Annual statistical returns and brief notes on vaccination in Bengal - 1896-1909
Year: 1896
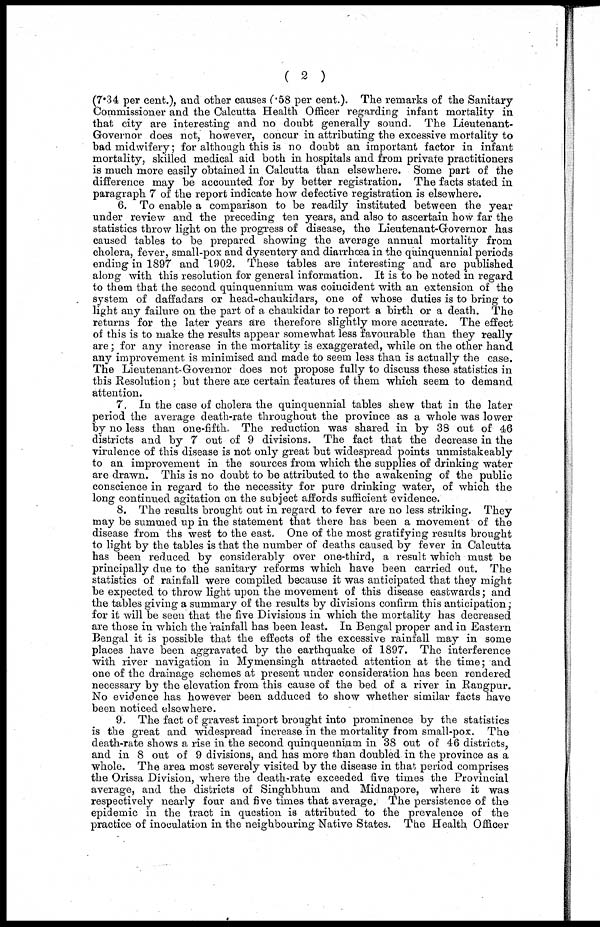
( 2 )
(7.34 per cent.), and other causes (.58 per cent.). The remarks of the Sanitary
Commissioner and the Calcutta Health Officer regarding infant mortality in
that city are interesting and no doubt generally sound. The Lieutenant-
Governor does not, however, concur in attributing the excessive mortality to
bad midwifery; for although this is no doubt an important factor in infant
mortality, skilled medical aid both in hospitals and from private practitioners
is much more easily obtained in Calcutta than elsewhere. Some part of the
difference may be accounted for by better registration. The facts stated in
paragraph 7 of the report indicate how defective registration is elsewhere.
6. To enable a comparison to be readily instituted between the year
under review and the preceding ten years, and also to ascertain how far the
statistics throw light on the progress of disease, the Lieutenant-Governor has
caused tables to be prepared showing the average annual mortality from
cholera, fever, small-pox and dysentery and diarrhœa in the quinquennial periods
ending in 1897 and 1902. These tables are interesting and are published
along with this resolution for general information. It is to be noted in regard
to them that the second quinquennium was coincident with an extension of the
system of daffadars or head-chaukidars, one of whose duties is to bring to
light any failure on the part of a chaukidar to report a birth or a death. The
returns for the later years are therefore slightly more accurate. The effect
of this is to make the results appear somewhat less favourable than they really
are; for any increase in the mortality is exaggerated., while on the other hand
any improvement is minimised and made to seem less than is actually the case.
The Lieutenant-Governor does not propose fully to discuss these statistics in
this Resolution; but there are certain features of them which seem to demand
attention.
7. In the case of cholera the quinquennial tables shew that in the later
period the average death-rate throughout the province as a whole was lower
by no less than one-fifth. The reduction was shared in by 38 out of 46
districts and by 7 out of 9 divisions. The fact that the decrease in the
virulence of this disease is not only great but widespread points unmistakeably
to an improvement in the sources from which the supplies of drinking water
are drawn. This is no doubt to be attributed to the awakening of the public
conscience in regard to the necessity for pure drinking water, of which the
long continued agitation on the subject affords sufficient evidence.
8. The results brought out in regard to fever are no less striking. They
may be summed up in the statement that there has been a movement of the
disease from ths west to the east. One of the most gratifying results brought
to light by the tables is that the number of deaths caused by fever in Calcutta
has been reduced by considerably over one-third, a result which must be
principally due to the sanitary reforms which have been carried out. The
statistics of rainfall were compiled because it was anticipated that they might
be expected to throw light upon the movement of this disease eastwards; and
the tables giving a summary of the results by divisions confirm this anticipation;
for it will be seen that the five Divisions in which the mortality has decreased
are those in which the rainfall has been least. In Bengal proper and in Eastern
Bengal it is possible that the effects of the excessive rainfall may in some
places have been aggravated by the earthquake of 1897. The interference
with river navigation in Mymensingh attracted attention at the time; and
one of the drainage schemes at present under consideration has been rendered
necessary by the elevation from this cause of the bed of a river in Rangpur.
No evidence has however been adduced to show whether similar facts have
been noticed elsewhere.
9. The fact of gravest import brought into prominence by the statistics
is the great and widespread increase in the mortality from small-pox. The
death-rate shows a rise in the second quinquennium in 38 out of 46 districts,
and in 8 out of 9 divisions, and has more than doubled in the province as a
whole. The area most severely visited by the disease in that period comprises
the Orissa Division, where the death-rate exceeded five times the Provincial
average, and the districts of Singhbhum and Midnapore, where it was
respectively nearly four and five times that average. The persistence of the
epidemic in the tract in question is attributed to the prevalence of the
practice of inoculation in the neighbouring Native States. The Health Officer